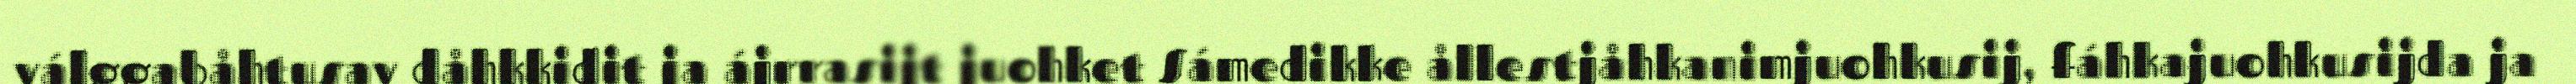
válggabåhtusav dåhkkidit ja ájrrasijt juohket Sámedikke ållestjåhkanimjuohkusij, fáhkajuohkusijda ja